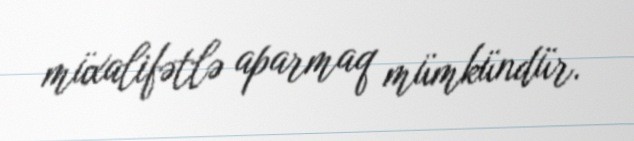
müxalifətlə aparmaq mümkündür.